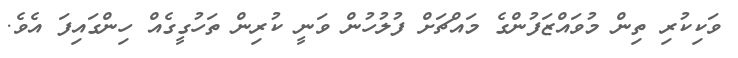
ވަކިކުރި ތިން މުވައްޒަފުންގެ މައްޗަށް ފުލުހުން ވަނީ ކުރިން ތަހުގީގެއް ހިންގައިފަ އެވެ.